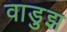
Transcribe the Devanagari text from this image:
वाडुझ